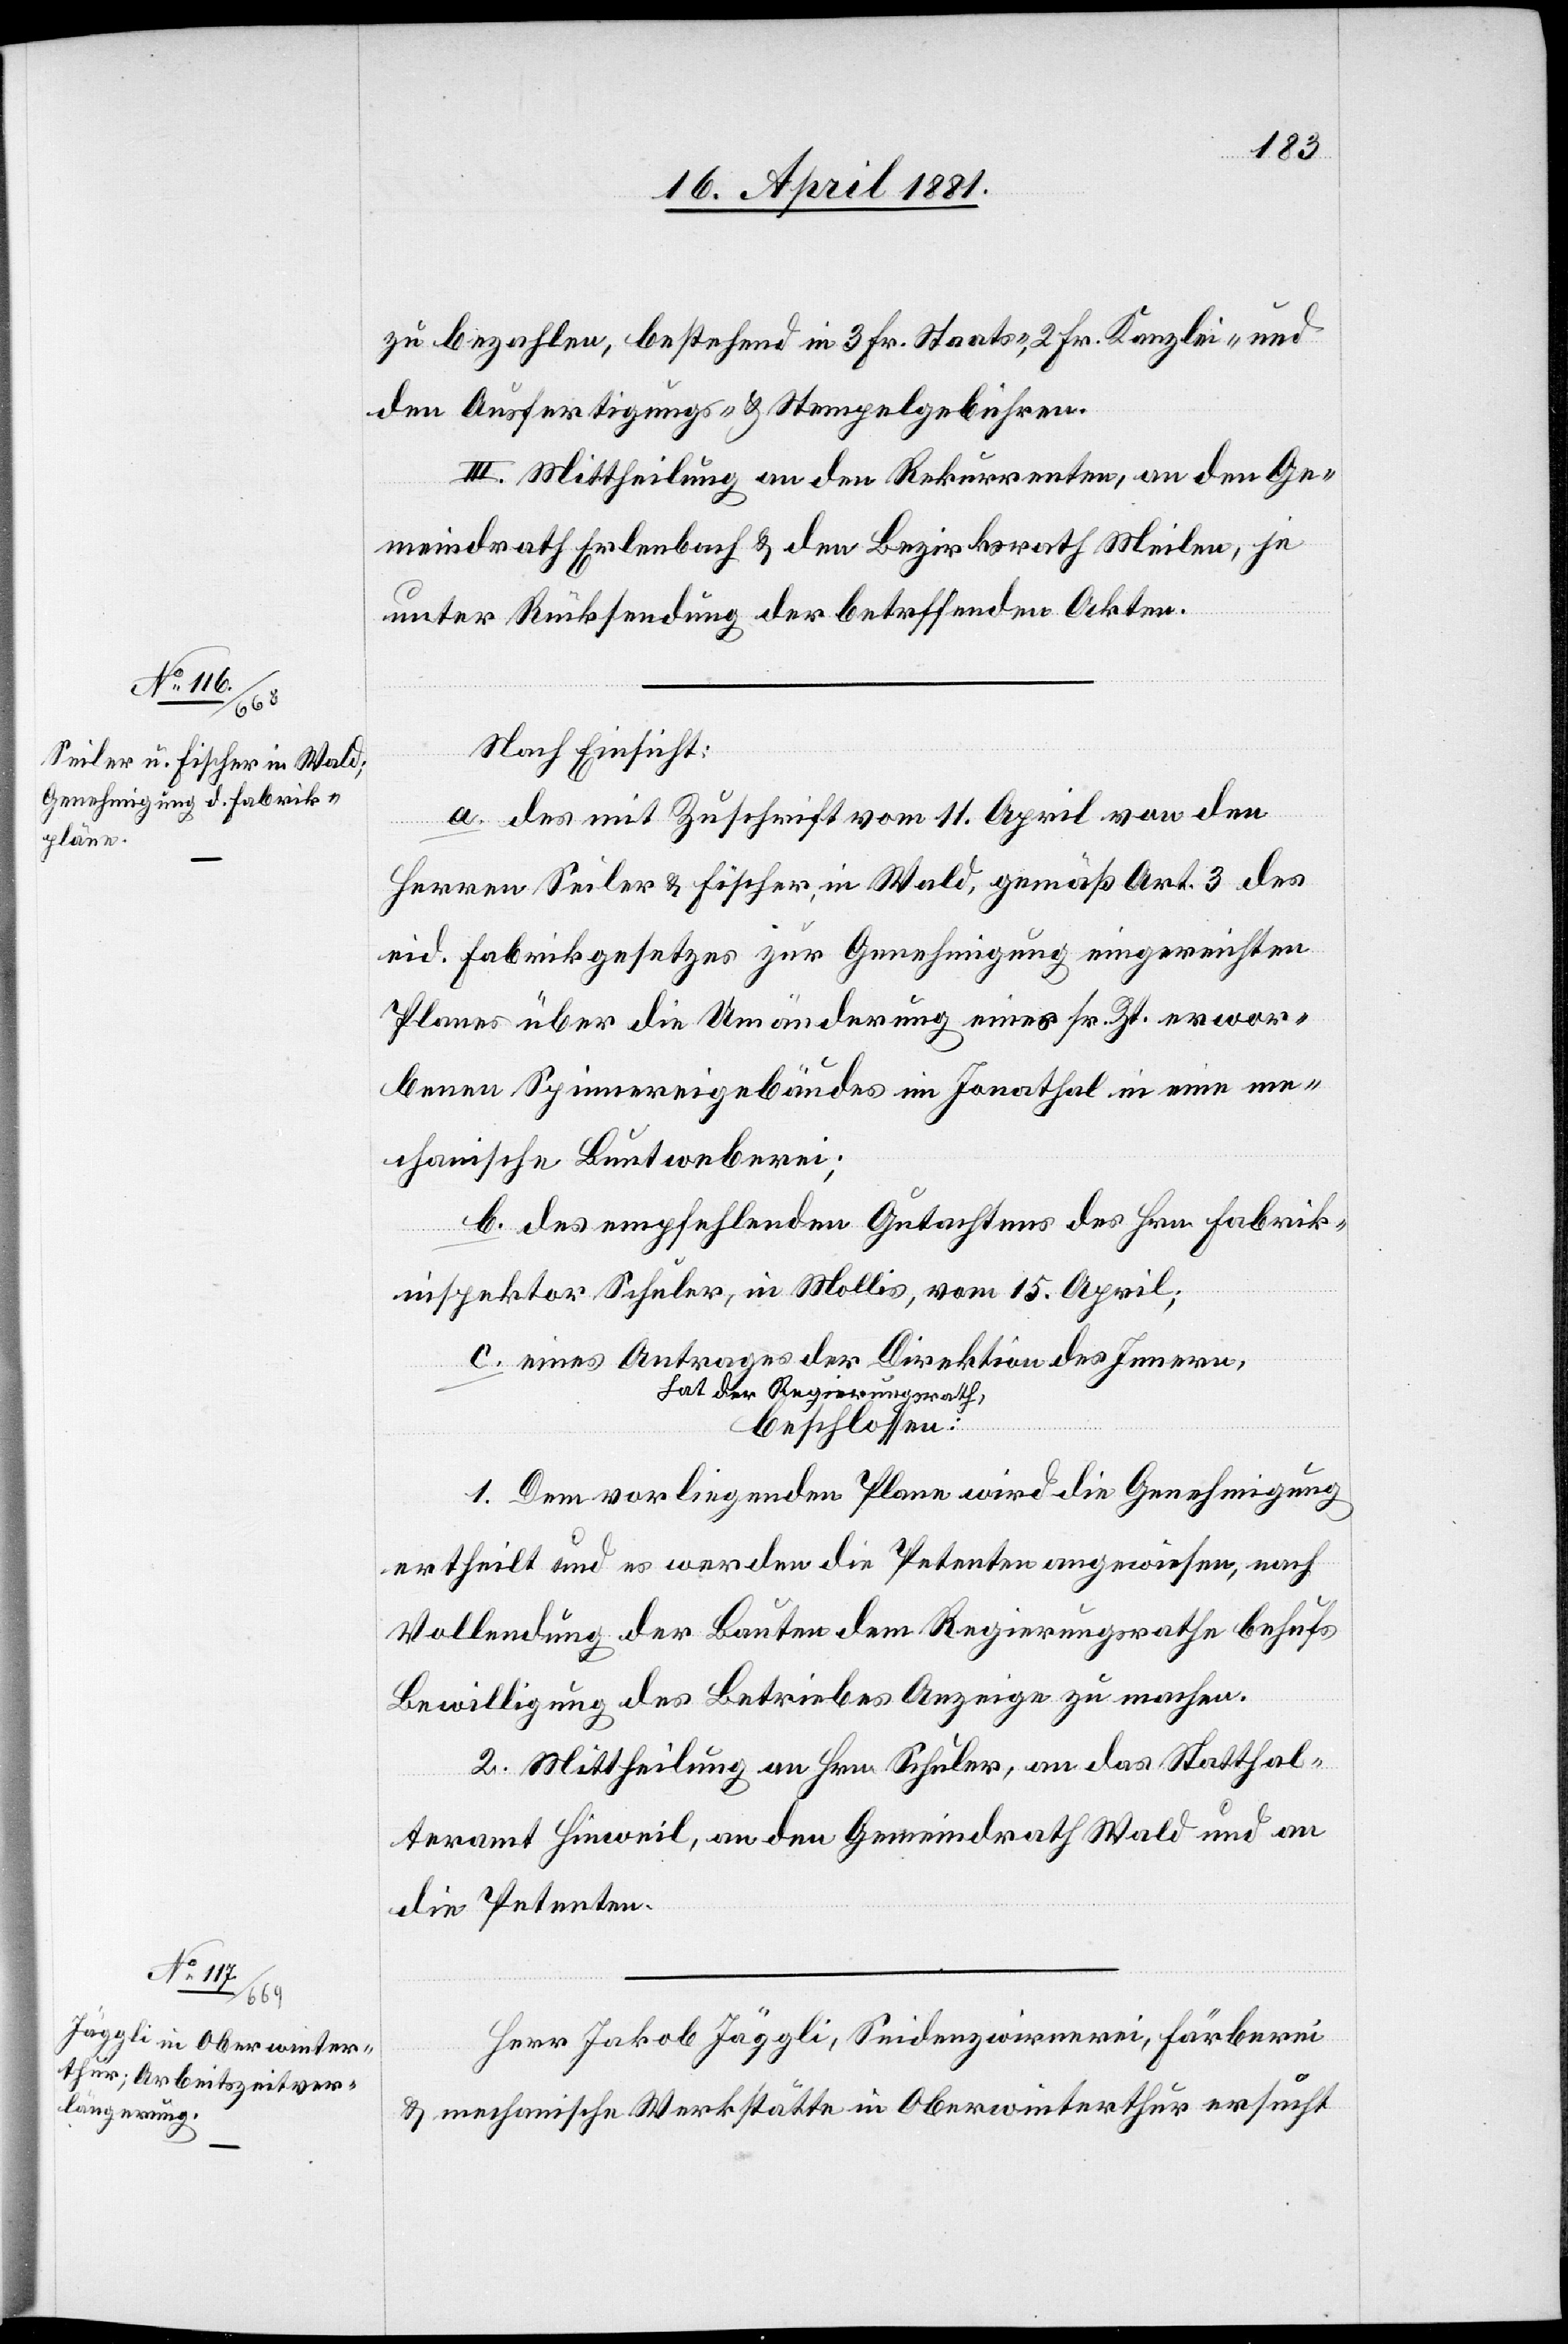
zu bezahlen, bestehend in 3 Fr. Staats-, 2 Fr. Kanzlei- und
den Ausfertigungs- & Stempelgebühren.
III. Mittheilung an den Rekurrenten, an den Ge¬
meindrath Erlenbach & den Bezirksrath Meilen, je
unter Rücksendung der betreffenden Akten.
Nach Einsicht:
a. des mit Zuschrift vom 11. April von den
Herren Seiler & Fischer in Wald, gemäß Art. 3 des
eid. Fabrikgesetzes zur Genehmigung eingereichten
Planes über die Umänderung eines sr. Zt. erwor¬
benen Spinnereigebäudes im Jonathal in eine me¬
chanische Buntweberei;
b. des empfehlenden Gutachtens des Hrn. Fabrik¬
inspektor Schuler, in Mollis, vom 15. April;
c. eines Antrages der Direktion des Innern,
hat der Regierungsrath,
beschloßen:
1. Dem vorliegenden Plan wird die Genehmigung
ertheilt und es werden die Petenten angewiesen, nach
Vollendung der Bauten dem Regierungsrathe behufs
Bewilligung des Betriebes Anzeige zu machen.
2. Mittheilung an Hrn. Schuler, an das Statthal¬
teramt Hinweil, an den Gemeindrath Wald und an
die Petenten.
Herr Jakob Jäggli, Seidenzwirnerei, Färberei
& mechanische Werkstätte in Oberwinterthur ersucht